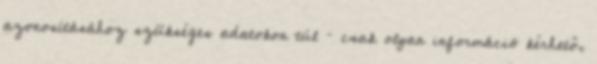
azonosításához szükséges adatokon túl – csak olyan információ kérhető,